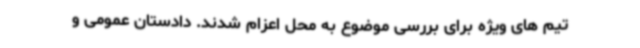
تیم های ویژه برای بررسی موضوع به محل اعزام شدند. دادستان عمومی و